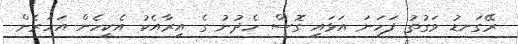
ރޭގަނޑު ވަގުތު ފަހަނަ އަޅައި ގޮސް ހެދުނު ގެ އިރާއެކު އެކީހެން އަހަރެން